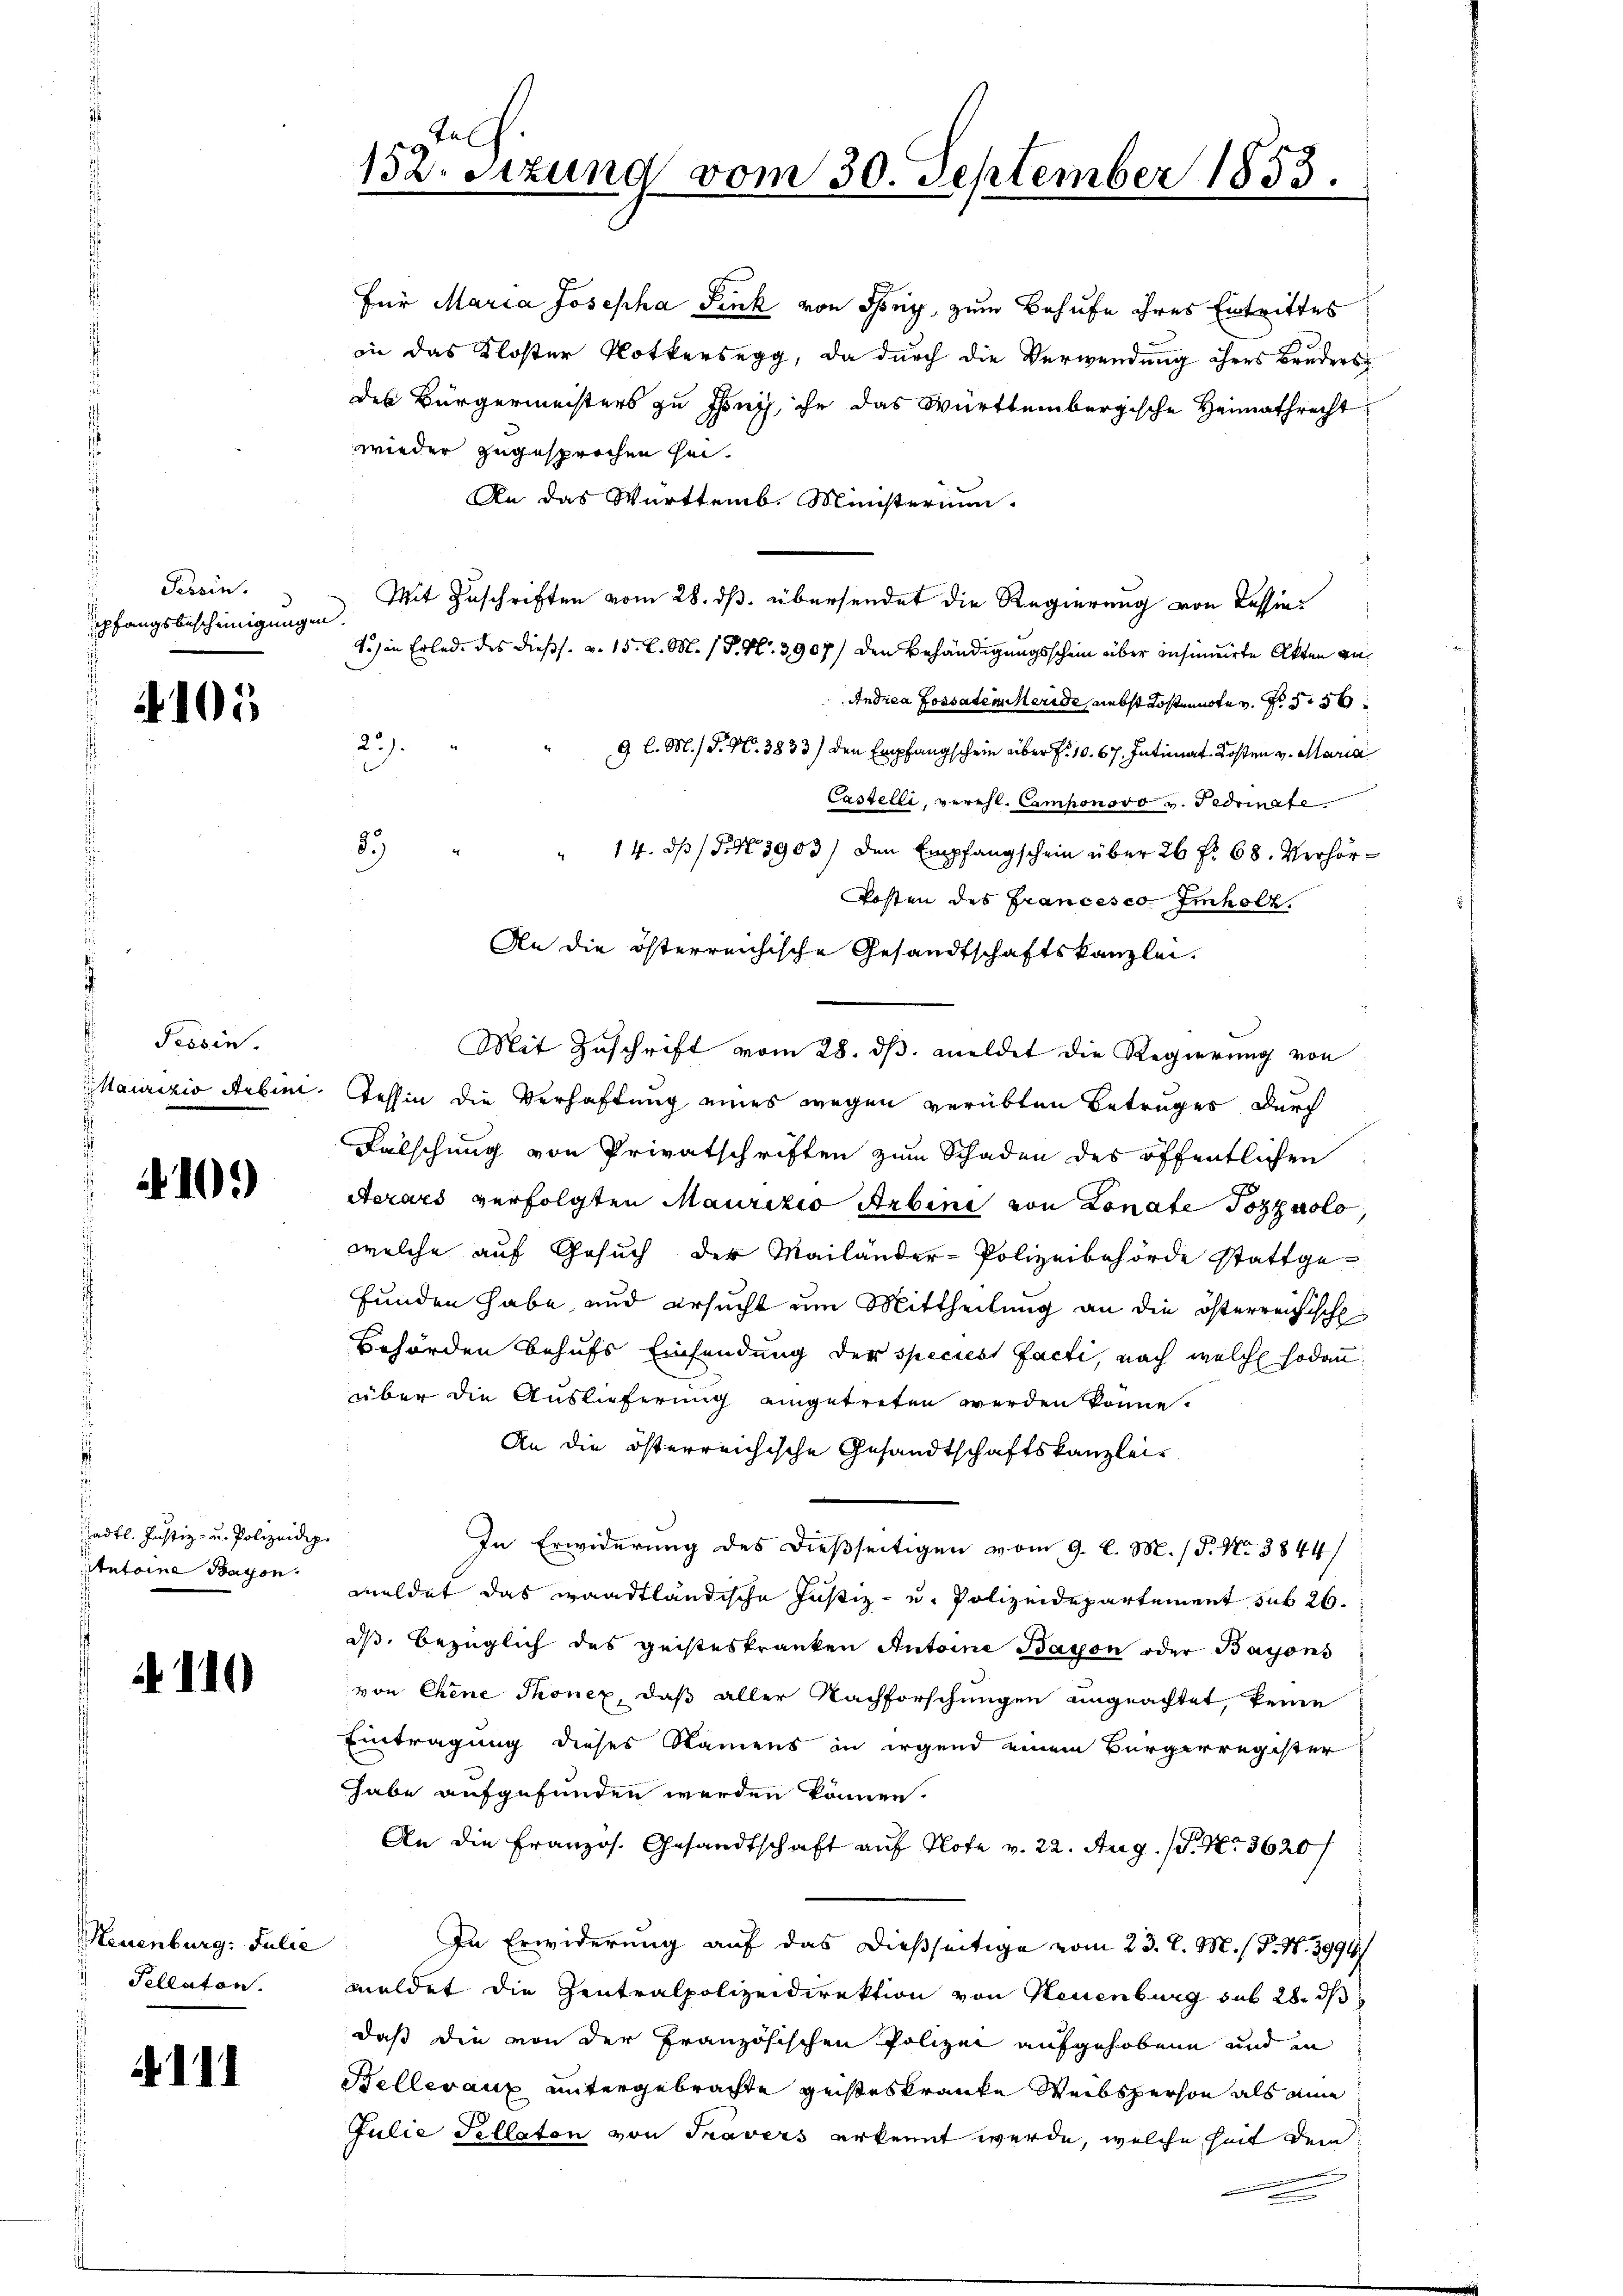
Tessin.
pfangsbescheinigungen.

105

Tessin.
Maurizio Arben.

10.)

hadtl. Justiz- u. Polizeidep
tntoine Bayon.

110

Neuenburg: Julie
Tellaton.

ech.
152. Sitzung vom 30. September 1853.

Für Maria Josepha Fink von Ihny, zum Behufe ihres Eintrittes
in das Kloster Plotkersegg, da durch die Verwendung ihres Brudersdes Bürgermeisters zu fing, ihr das Württembergische Heimathrecht
wieder zugesprochen sei.
An das Württemb. Ministerium.
Mit Zuschriften vom 28. ds. übersendet die Regierung von Cessin¬
1.) in Erlede des dießs. v. 15. d. M. (T. N. 3907/ den Behändigungsschein über Insinuirte Akten ge¬
Andrea Fossatem Meride, nebst Kostennote v. Fr
23.
9 l. M. D. N. 3833) den Empfangschein über f. 10. 67. Intimat. Kosten v. Maria
Castelli, verehl. Camponovo v. Fedrinate.
9.) " " 14. dβ / 5. No 3903) den Empfangschein über 26 f. 68. Verhör-
Posten des Francesco- Imholz,
An die österreichische Gesandtschaftskanzlei.
Mit Zuschrift vom 28. ds. meldet die Regierung von
Tessin die Verhaftung eines wegen verübten Betruges durch
Falschung von Privatschriften zum Schaden des öffentlichen
Aerars verfolgten Maurizio Arbine von Lonate Pozzuolo,
welche auf Gesuch der Mailänder-Polizeibehörde stattge-
funden habe, und ersucht um Mittheilung an die österreichische
Behörden behufs Einsendung der speciest facti, nach welche sodann
über die Auslieferung eingetreten werden könne.
An die österreichische Gesandtschaftskanzlei
In Erwiderung des dießseitigen vom 9. d. M. (T. No 3844/
meldet das waadtländische Justiz- und Polizeidepartement sub 26.
ds, bezüglich des geisteskranken Antoine Baron oder Barons
von Chine Thonez, daß aller Nachforschungen ungeachtet, keine
Eintragung dieses Namens in irgend einem Bürgerregister
habe aufgefunden werden können.
An die Französ. Gesandtschaft auf No v. 22. Aug. (S. Nr. 3620/
In Erwiderung auf das dießseitige vom 23. d. M. / P. N. 3994/
meldet die Zentralpolizeidirektion von Neuenburg sub 28. ds
daß die von der Französischen Polizei aufgehobene und in
Helleraux untergebrachte geisteskranke Weibsperson als eine
Julie Fellaton von Travers erkennt werde, welche Zeit dem